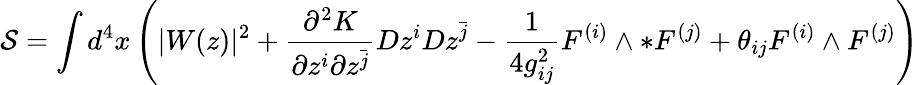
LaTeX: \mathcal{S}=\int d^{4}x\left(|W(z)|^{2}+\frac{\partial^{2}K}{\partial z^{i}\partial z^{\bar{j}}}Dz^{i}Dz^{\bar{j}}-\frac{1}{4g_{ij}^{2}}F^{(i)}\wedge*F^{(j)}+\theta_{ij}F^{(i)}\wedge F^{(j)}\right)